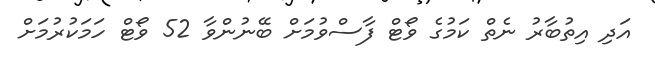
އަދި އިތުބާރު ނެތް ކަމުގެ ވޯޓް ފާސްވުމަށް ބޭނުންވާ 52 ވޯޓް ހަމަކުރުމަށް